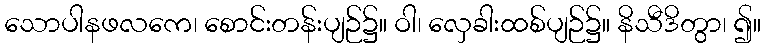
သောပါနဖလကေ၊ စောင်းတန်းပျဉ်၌။ ဝါ၊ လှေခါးထစ်ပျဉ်၌။ နိသီဒိတွာ၊ ၍။